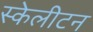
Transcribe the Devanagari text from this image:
स्केलीटन